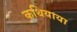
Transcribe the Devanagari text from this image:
कथियाया